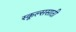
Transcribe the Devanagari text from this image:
स्कूल्ससाठी